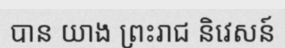
បាន យាង ព្រះរាជ និវេសន៍